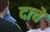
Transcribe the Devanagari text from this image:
दाचे